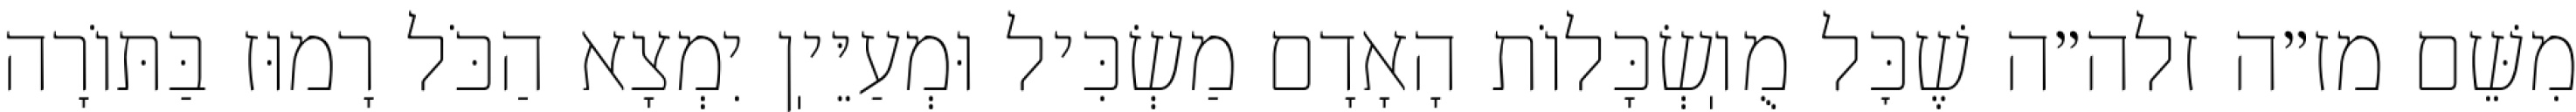
מִשֵּׁם מז״ה זלה״ה שֶׁכׇּל מֻוֽשְׂכָּלוֹת הָאָדָם מַשְׂכִּיל וּמְעַיֵּיֽן יִמְצָא הַכֹּל רָמוּז בַּתּוֹרָה